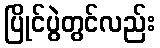
ပြိုင်ပွဲတွင်လည်း